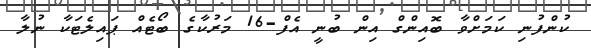
ކުންފުނި ކަމަށްވާ ބޮއިންގް އިން ބުނީ އެފް-16 މަރުކާގެ ބޯޓެއް ޕައިލެޓަކާ ނުލާ